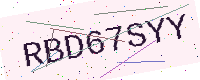
Text: RBD67SYY